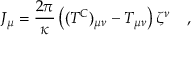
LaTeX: J _ { \mu } = { \frac { 2 \pi } { \kappa } } \left( ( T ^ { C } ) _ { \mu \nu } - T _ { \mu \nu } \right) \zeta ^ { \nu } ~ ~ ~ ,